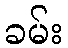
ခမ်း